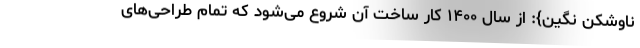
ناوشکن نگین}: از سال ۱۴۰۰ کار ساخت آن شروع می‌شود که تمام طراحی‌های